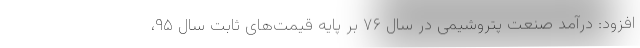
افزود: درآمد صنعت پتروشیمی در سال ۷۶ بر پایه قیمت‌های ثابت سال ۹۵،